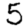
Digit: 5